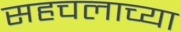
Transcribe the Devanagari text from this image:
सहचलाच्या